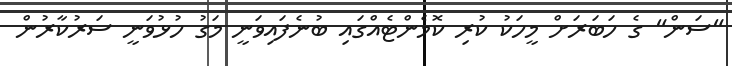
"ސަން" ގެ ހަބަރަށް މީހަކު ކުރި ކޮމެންޓެއްގައި ބުނެފައިވަނީ މަގު ހުޅުވަނީ ސަރުކާރުން